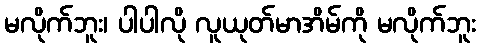
မလိုက်ဘူး၊ ပါပါလို လူယုတ်မာအိမ်ကို မလိုက်ဘူး